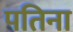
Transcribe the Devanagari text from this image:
पतिना